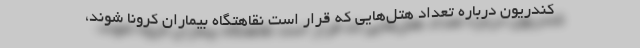
کندریون درباره تعداد هتل‌هایی که قرار است نقاهتگاه بیماران کرونا شوند،